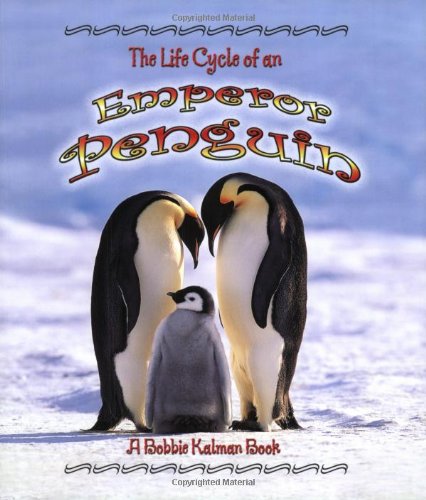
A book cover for The Life Cycle of an Emperor Penguin; Bobbie Kalman; Children's Books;